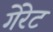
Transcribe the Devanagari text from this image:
गेरेट